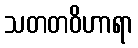
သတတဝိဟာရာ